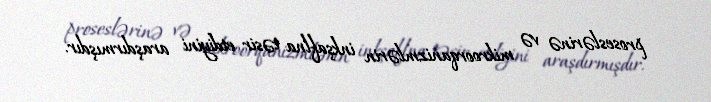
proseslərinə və mikroorqanizmlərin inkşaflna təsir etdiyini araşdırmışdır.